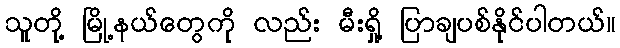
သူတို့ မြို့နယ်တွေကို လည်း မီးရှို့ ပြာချပစ်နိုင်ပါတယ်။